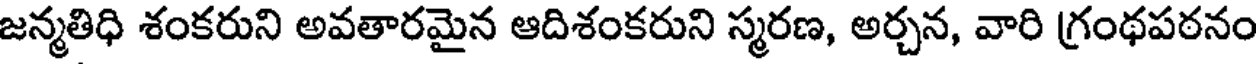
జన్మతిధి శంకరుని అవతారమైన ఆదిశంకరుని స్మరణ, అర్చన, వారి గ్రంథపఠనం